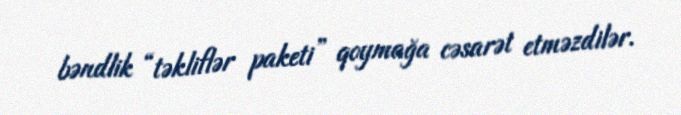
bəndlik “təkliflər paketi” qoymağa cəsarət etməzdilər.